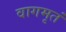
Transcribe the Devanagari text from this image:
वागमृतं